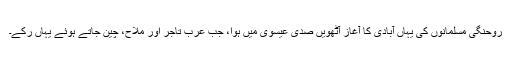
روحنگی مسلمانوں کی یہاں آبادی کا آغاز آٹھویں صدی عیسوی میں ہوا، جب عرب تاجر اور ملاح، چین جاتے ہوئے یہاں رُکے۔